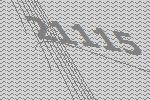
21115